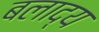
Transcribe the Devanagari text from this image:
बलाद्य